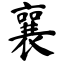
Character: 襄